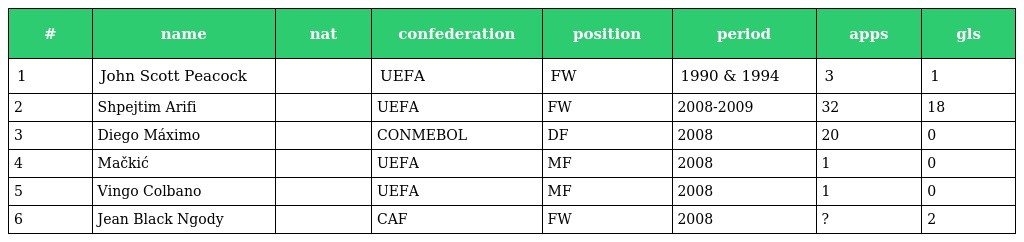
| # | name | nat | confederation | position | period | apps | gls |
 | --- | --- | --- | --- | --- | --- | --- | --- |
 | 1 | John Scott Peacock |  | UEFA | FW | 1990 & 1994 | 3 | 1 |
 | 2 | Shpejtim Arifi |  | UEFA | FW | 2008-2009 | 32 | 18 |
 | 3 | Diego Máximo |  | CONMEBOL | DF | 2008 | 20 | 0 |
 | 4 | Mačkić |  | UEFA | MF | 2008 | 1 | 0 |
 | 5 | Vingo Colbano |  | UEFA | MF | 2008 | 1 | 0 |
 | 6 | Jean Black Ngody |  | CAF | FW | 2008 | ? | 2 |